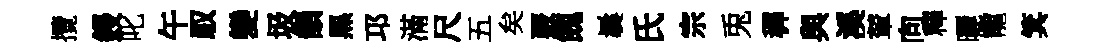
攬鋟叱午馭變圾韻黒邛滿尺五矣覈餽曩氏宗兎穉與溪輦向釋曬寵箕